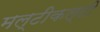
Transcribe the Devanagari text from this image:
मल्टीकल्टी